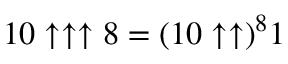
1 0 \uparrow \uparrow \uparrow 8 = ( 1 0 \uparrow \uparrow ) ^ { 8 } 1